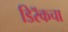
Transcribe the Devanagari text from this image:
डिरॅकचा